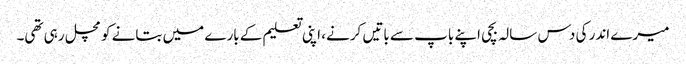
میرے اندر کی دس سالہ بچی اپنے باپ سے باتیں کرنے، اپنی تعلیم کے بارے میں بتانے کو مچل رہی تھی۔